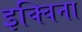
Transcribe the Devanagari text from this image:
इक्विना